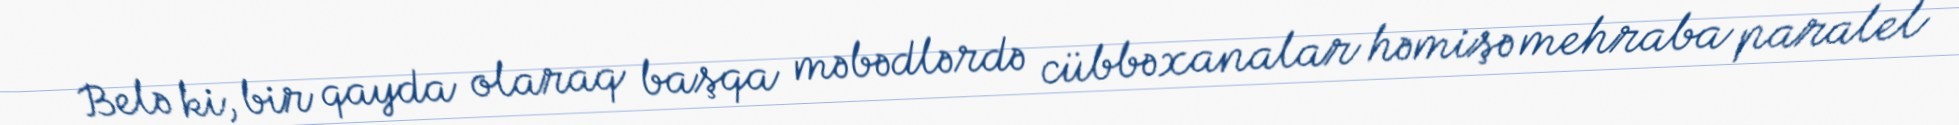
Belə ki, bir qayda olaraq başqa məbədlərdə cübbəxanalar həmişə mehraba paralel